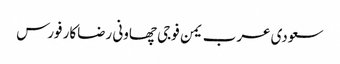
سعودی عرب یمن فوجی چھاونی رضاکار فورس